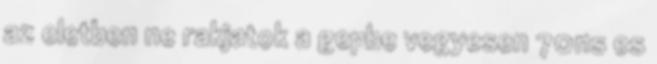
az eletben ne rakjatok a gepbe vegyesen 70ns es